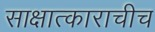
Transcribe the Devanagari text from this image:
साक्षात्काराचीच